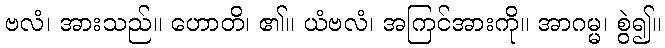
ဗလံ၊ အားသည်။ ဟောတိ၊ ၏။ ယံဗလံ၊ အကြင်အားကို။ အာဂမ္မ၊ စွဲ၍။